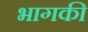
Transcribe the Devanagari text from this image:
भागकी